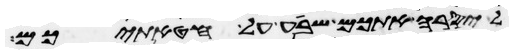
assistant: ליסרה אתכם שבע על חטאתיכם